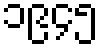
၁၉၄၅